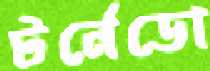
টর্নেডো